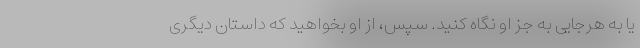
یا به هرجایی به جز او نگاه کنید. سپس، از او بخواهید که داستان دیگری